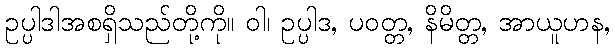
ဥပ္ပါဒါအစရှိသည်တို့ကို။ ဝါ၊ ဥပ္ပါဒ, ပဝတ္တ, နိမိတ္တ, အာယူဟန,